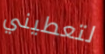
لتعطيني